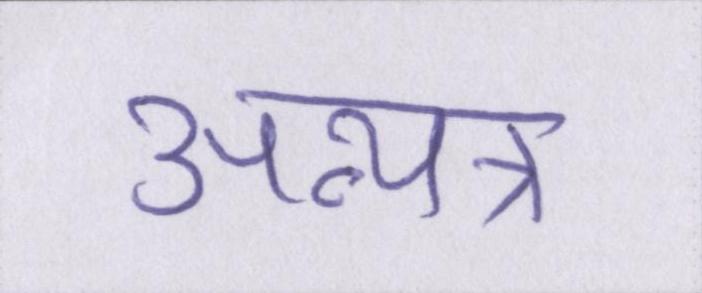
अन्यत्र